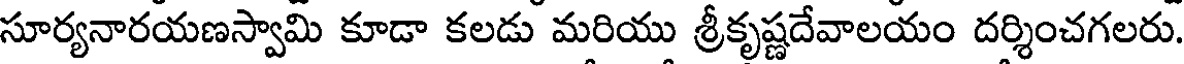
సూర్యనారయణస్వామి కూడా కలడు మరియు శ్రీకృష్ణదేవాలయం దర్శించగలరు.